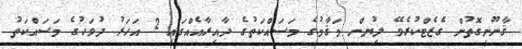
ޤާނޫނީގޮތުން ގެޒެޓްކުރެވޭ ލިޔުން މަޤާމުގެ މަސައްކަތުގެ ދާއިރާއެއްގައި 2 އަހަރު ދުވަހުގެ މަސައްކަތު